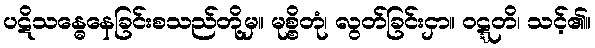
ပဋိသန္ဓေနေခြင်းစသည်တို့မှ။ မုစ္စိတုံ၊ လွတ်ခြင်းငှာ။ ဝဋ္ဋတိ၊ သင့်၏။